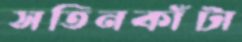
সতিনকাঁটা